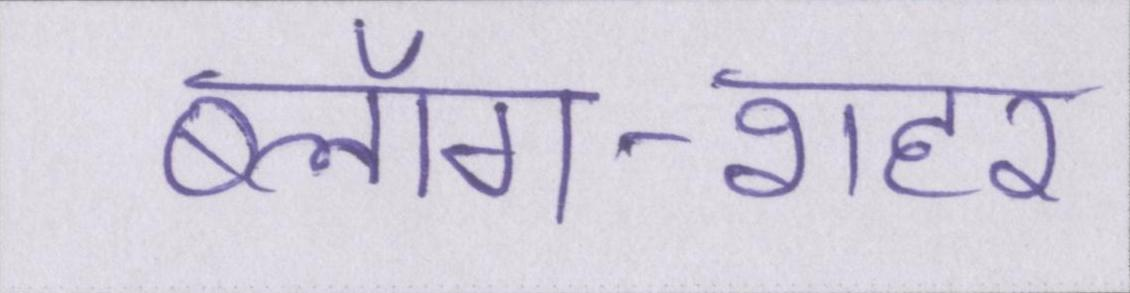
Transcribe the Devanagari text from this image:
ब्लॉग-शहर